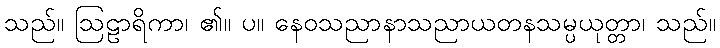
သည်။ ဩဠာရိကာ၊ ၏။ ပ။ နေဝသညာနာသညာယတနသမ္ပယုတ္တာ၊ သည်။